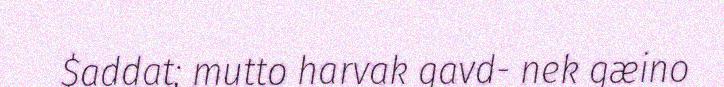
$addat; mutto harvak gavd- nek gæino